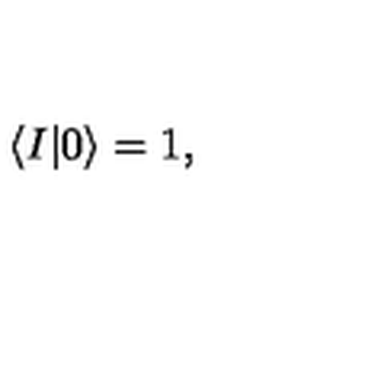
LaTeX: \langle I | 0 \rangle = 1 ,